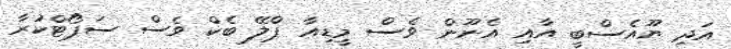
އަދި ޔޫއެސްބީ އާއި އެނޫން ވެސް މީޑިއާ ޕްލޭ ބެކް ވެސް ސަޕޯޓްކުރާ